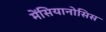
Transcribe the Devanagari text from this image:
मेंसियानोसिस